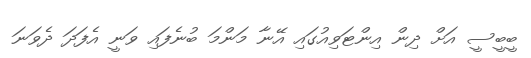
ބީބީސީ އަށް ދިން އިންޓަވިއުގައި އޭނާ މަންމަ ބުނެފައި ވަނީ އެފަދަ ދެވަނަ